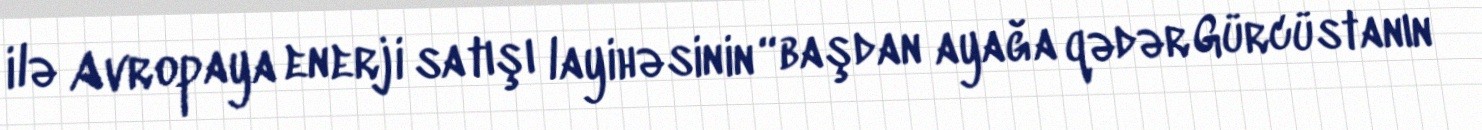
ilə Avropaya enerji satışı layihəsinin “başdan ayağa qədər Gürcüstanın